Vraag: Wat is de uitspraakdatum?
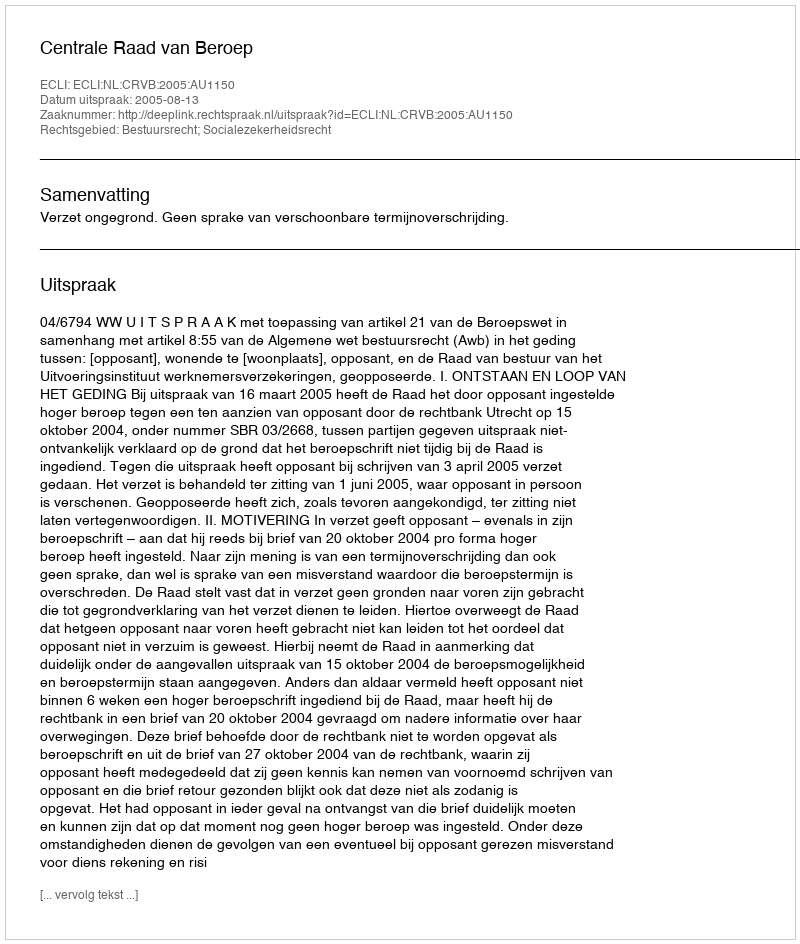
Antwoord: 2005-08-13